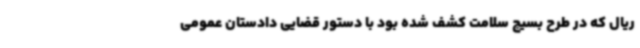
ریال که در طرح بسیج سلامت کشف شده بود با دستور قضایی دادستان عمومی